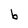
Character: b